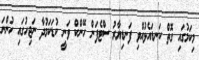
މިކަމުގައި ގޮތް ކަނޑައެޅުއްވި ފަނޑިޔާރު ސްޓެފަން ހޭންކް ވަނީ ކުޑަކަމުދާ ނަޖިހުގައި ހުންނަ